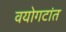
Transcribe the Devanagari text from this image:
वयोगटांत